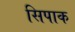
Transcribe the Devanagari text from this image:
सिपाक